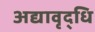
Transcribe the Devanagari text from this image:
अद्यावृद्धि